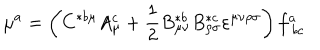
LaTeX: \mu ^ { a } = \left( C ^ { * b \mu } A _ { \mu } ^ { c } + \frac 1 2 B _ { \mu \nu } ^ { * b } B _ { \rho \sigma } ^ { * c } \varepsilon ^ { \mu \nu \rho \sigma } \right) f _ { \ b c } ^ { a }